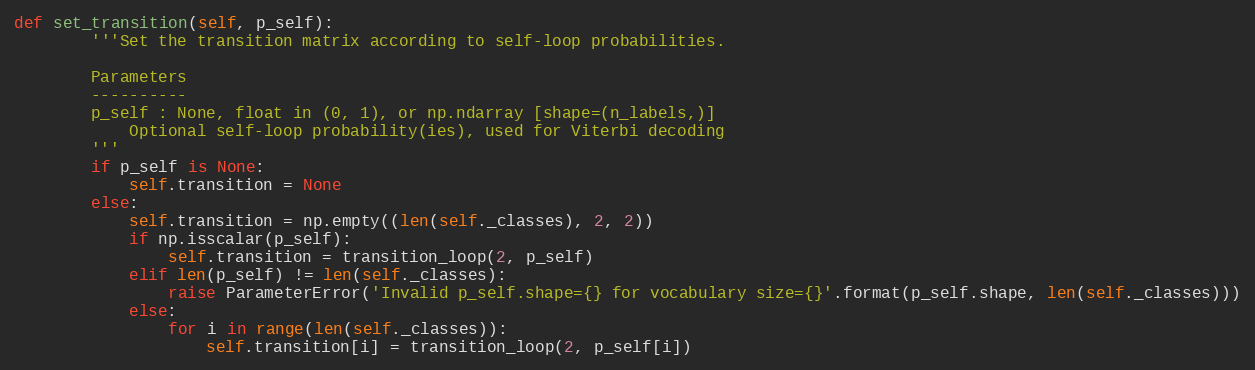
Language: Python
def set_transition(self, p_self):
        '''Set the transition matrix according to self-loop probabilities.

        Parameters
        ----------
        p_self : None, float in (0, 1), or np.ndarray [shape=(n_labels,)]
            Optional self-loop probability(ies), used for Viterbi decoding
        '''
        if p_self is None:
            self.transition = None
        else:
            self.transition = np.empty((len(self._classes), 2, 2))
            if np.isscalar(p_self):
                self.transition = transition_loop(2, p_self)
            elif len(p_self) != len(self._classes):
                raise ParameterError('Invalid p_self.shape={} for vocabulary size={}'.format(p_self.shape, len(self._classes)))
            else:
                for i in range(len(self._classes)):
                    self.transition[i] = transition_loop(2, p_self[i])